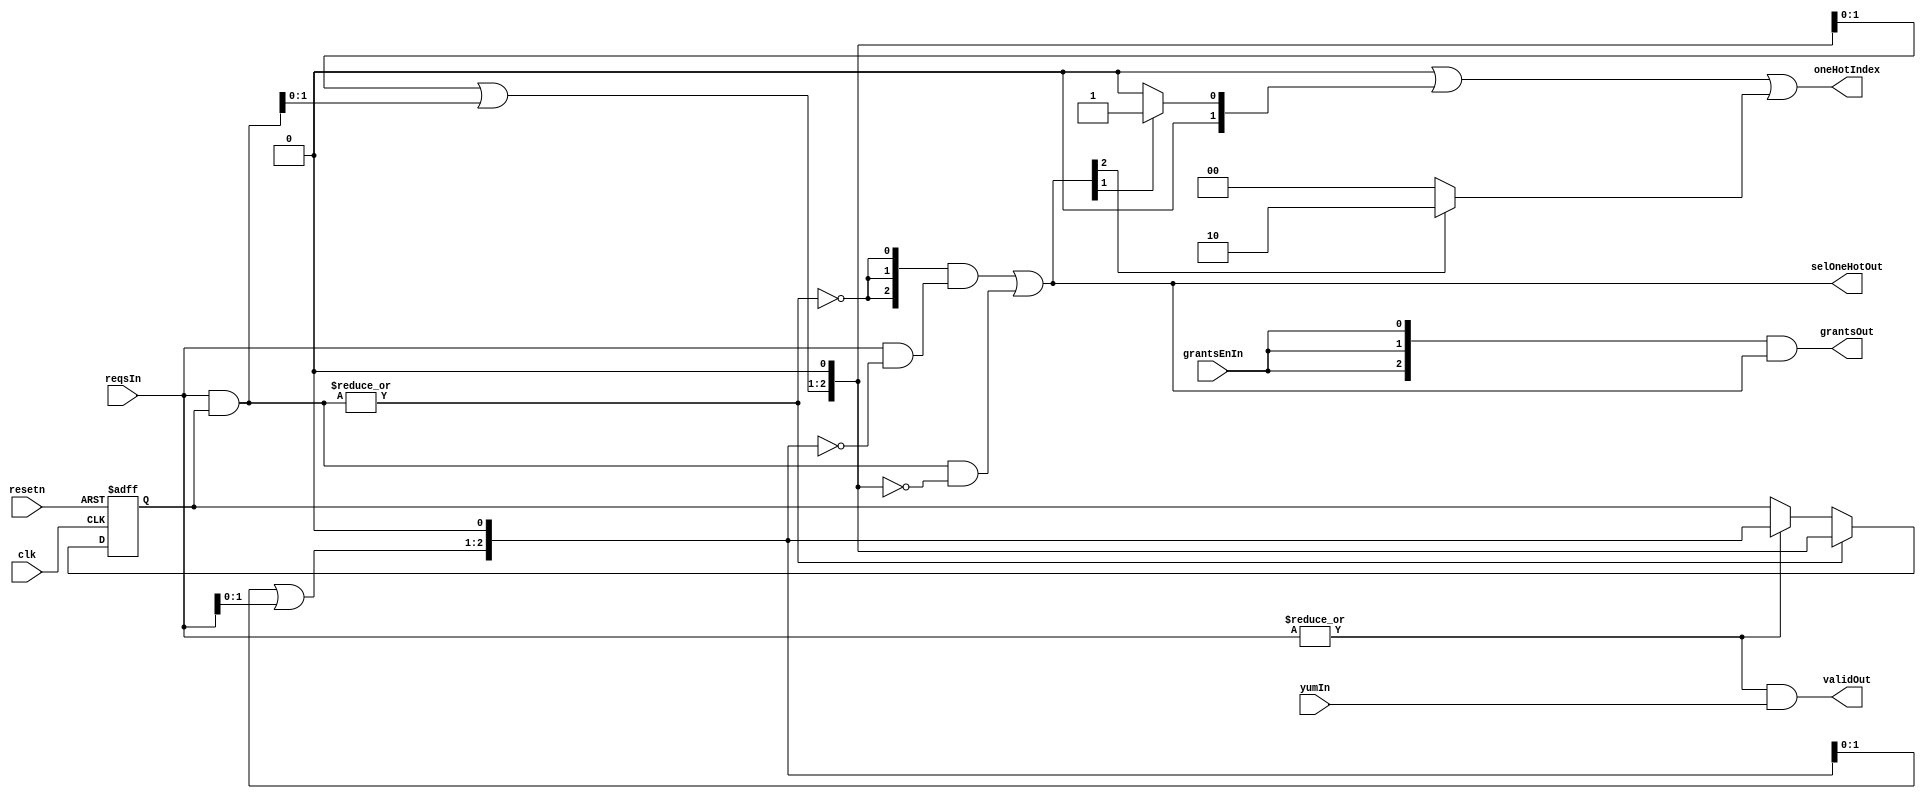
// Generator : SpinalHDL v1.7.3    git head : aeaeece704fe43c766e0d36a93f2ecbb8a9f2003
// Component : rrArbiter

`timescale 1ns/1ps

module rrArbiter (
  input               grantsEnIn,
  input      [2:0]    reqsIn,
  output     [2:0]    grantsOut,
  output     [2:0]    selOneHotOut,
  input               yumIn,
  output     [1:0]    oneHotIndex,
  output              validOut,
  input               clk,
  input               resetn
);

  wire       [2:0]    reqsMask;
  reg        [2:0]    maskHigerReq;
  reg        [2:0]    unmaskHigerReq;
  wire       [2:0]    maskSelOneHot;
  wire       [2:0]    unMaskSelOneHot;
  wire                noReqMask;
  reg        [2:0]    pointerReg;
  wire       [2:0]    _zz_pointerReg;
  wire                when_nocDefines_l392;
  wire                when_nocDefines_l395;
  reg        [2:0]    _zz_selOneHotOut;
  reg        [2:0]    _zz_grantsOut;
  reg        [1:0]    oneHotIndex_0;
  reg        [1:0]    oneHotIndex_1;
  reg        [1:0]    oneHotIndex_2;
  wire                when_nocDefines_l419;
  wire                when_nocDefines_l419_1;
  wire                when_nocDefines_l419_2;

  assign _zz_pointerReg[2 : 0] = 3'b111;
  assign when_nocDefines_l392 = (|reqsMask);
  assign when_nocDefines_l395 = (|reqsIn);
  assign reqsMask = (reqsIn & pointerReg);
  always @(*) begin
    maskHigerReq[2 : 1] = (maskHigerReq[1 : 0] | reqsMask[1 : 0]);
    maskHigerReq[0] = 1'b0;
  end

  assign maskSelOneHot = (reqsMask & (~ maskHigerReq));
  always @(*) begin
    unmaskHigerReq[2 : 1] = (unmaskHigerReq[1 : 0] | reqsIn[1 : 0]);
    unmaskHigerReq[0] = 1'b0;
  end

  assign unMaskSelOneHot = (reqsIn & (~ unmaskHigerReq));
  assign noReqMask = (! (|reqsMask));
  always @(*) begin
    _zz_selOneHotOut[2] = noReqMask;
    _zz_selOneHotOut[1] = noReqMask;
    _zz_selOneHotOut[0] = noReqMask;
  end

  assign selOneHotOut = ((_zz_selOneHotOut & unMaskSelOneHot) | maskSelOneHot);
  always @(*) begin
    _zz_grantsOut[2] = grantsEnIn;
    _zz_grantsOut[1] = grantsEnIn;
    _zz_grantsOut[0] = grantsEnIn;
  end

  assign grantsOut = (_zz_grantsOut & selOneHotOut);
  assign validOut = ((|reqsIn) && yumIn);
  assign when_nocDefines_l419 = selOneHotOut[0];
  always @(*) begin
    if(when_nocDefines_l419) begin
      oneHotIndex_0 = 2'b00;
    end else begin
      oneHotIndex_0 = 2'b00;
    end
  end

  assign when_nocDefines_l419_1 = selOneHotOut[1];
  always @(*) begin
    if(when_nocDefines_l419_1) begin
      oneHotIndex_1 = 2'b01;
    end else begin
      oneHotIndex_1 = 2'b00;
    end
  end

  assign when_nocDefines_l419_2 = selOneHotOut[2];
  always @(*) begin
    if(when_nocDefines_l419_2) begin
      oneHotIndex_2 = 2'b10;
    end else begin
      oneHotIndex_2 = 2'b00;
    end
  end

  assign oneHotIndex = ((oneHotIndex_0 | oneHotIndex_1) | oneHotIndex_2);
  always @(posedge clk or negedge resetn) begin
    if(!resetn) begin
      pointerReg <= _zz_pointerReg;
    end else begin
      if(when_nocDefines_l392) begin
        pointerReg <= maskHigerReq;
      end else begin
        if(when_nocDefines_l395) begin
          pointerReg <= unmaskHigerReq;
        end else begin
          pointerReg <= pointerReg;
        end
      end
    end
  end


endmodule